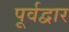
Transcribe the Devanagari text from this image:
पूर्वद्वार